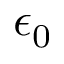
\epsilon _ { 0 }